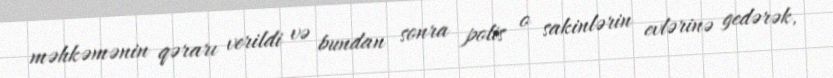
məhkəmənin qərarı verildi və bundan sonra polis o sakinlərin evlərinə gedərək,